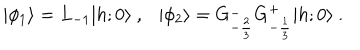
LaTeX: \vert \phi _ { 1 } \rangle = L _ { - 1 } \vert { h ; 0 } \rangle { } ~ , { } ~ { } ~ { } ~ \vert \phi _ { 2 } \rangle = G _ { - { \frac { 2 } { 3 } } } ^ { - } G _ { - { \frac { 1 } { 3 } } } ^ { + } \vert { h ; 0 } \rangle { } ~ .